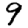
Digit: 9